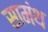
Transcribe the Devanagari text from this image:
सामंथ